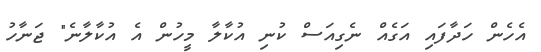
އެހެން ހަދާފައި އަގެއް ނެގިއަސް ކުނި އުކާލާ މީހުން އެ އުކާލާނެ" ޖަނާހު